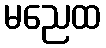
မညေထ